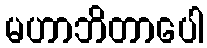
မဟာဘိတာပေါ